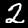
Label: 2